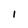
Character: 1